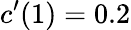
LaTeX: c^{\prime}(1)=0.2